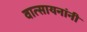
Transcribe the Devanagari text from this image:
वात्सायनांनी